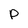
Character: p